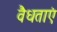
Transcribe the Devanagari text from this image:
वैधताएं